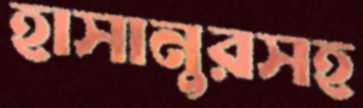
হাসানুরসহ